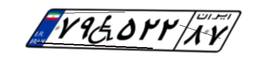
۷۹W۵۲۲۸۷